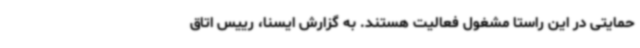
حمایتی در این راستا مشغول فعالیت هستند. به گزارش ایسنا، رییس اتاق